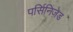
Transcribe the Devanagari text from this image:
पर्सिनिज़ेड